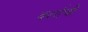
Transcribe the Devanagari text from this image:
वर्शाची